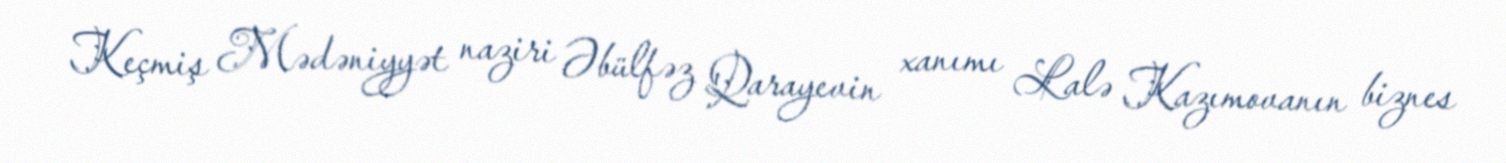
Keçmiş Mədəniyyət naziri Əbülfəz Qarayevin xanımı Lalə Kazımovanın biznes